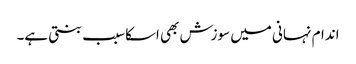
اندام نہانی میں سوزش بھی اسکاسبب بنتی ہے۔